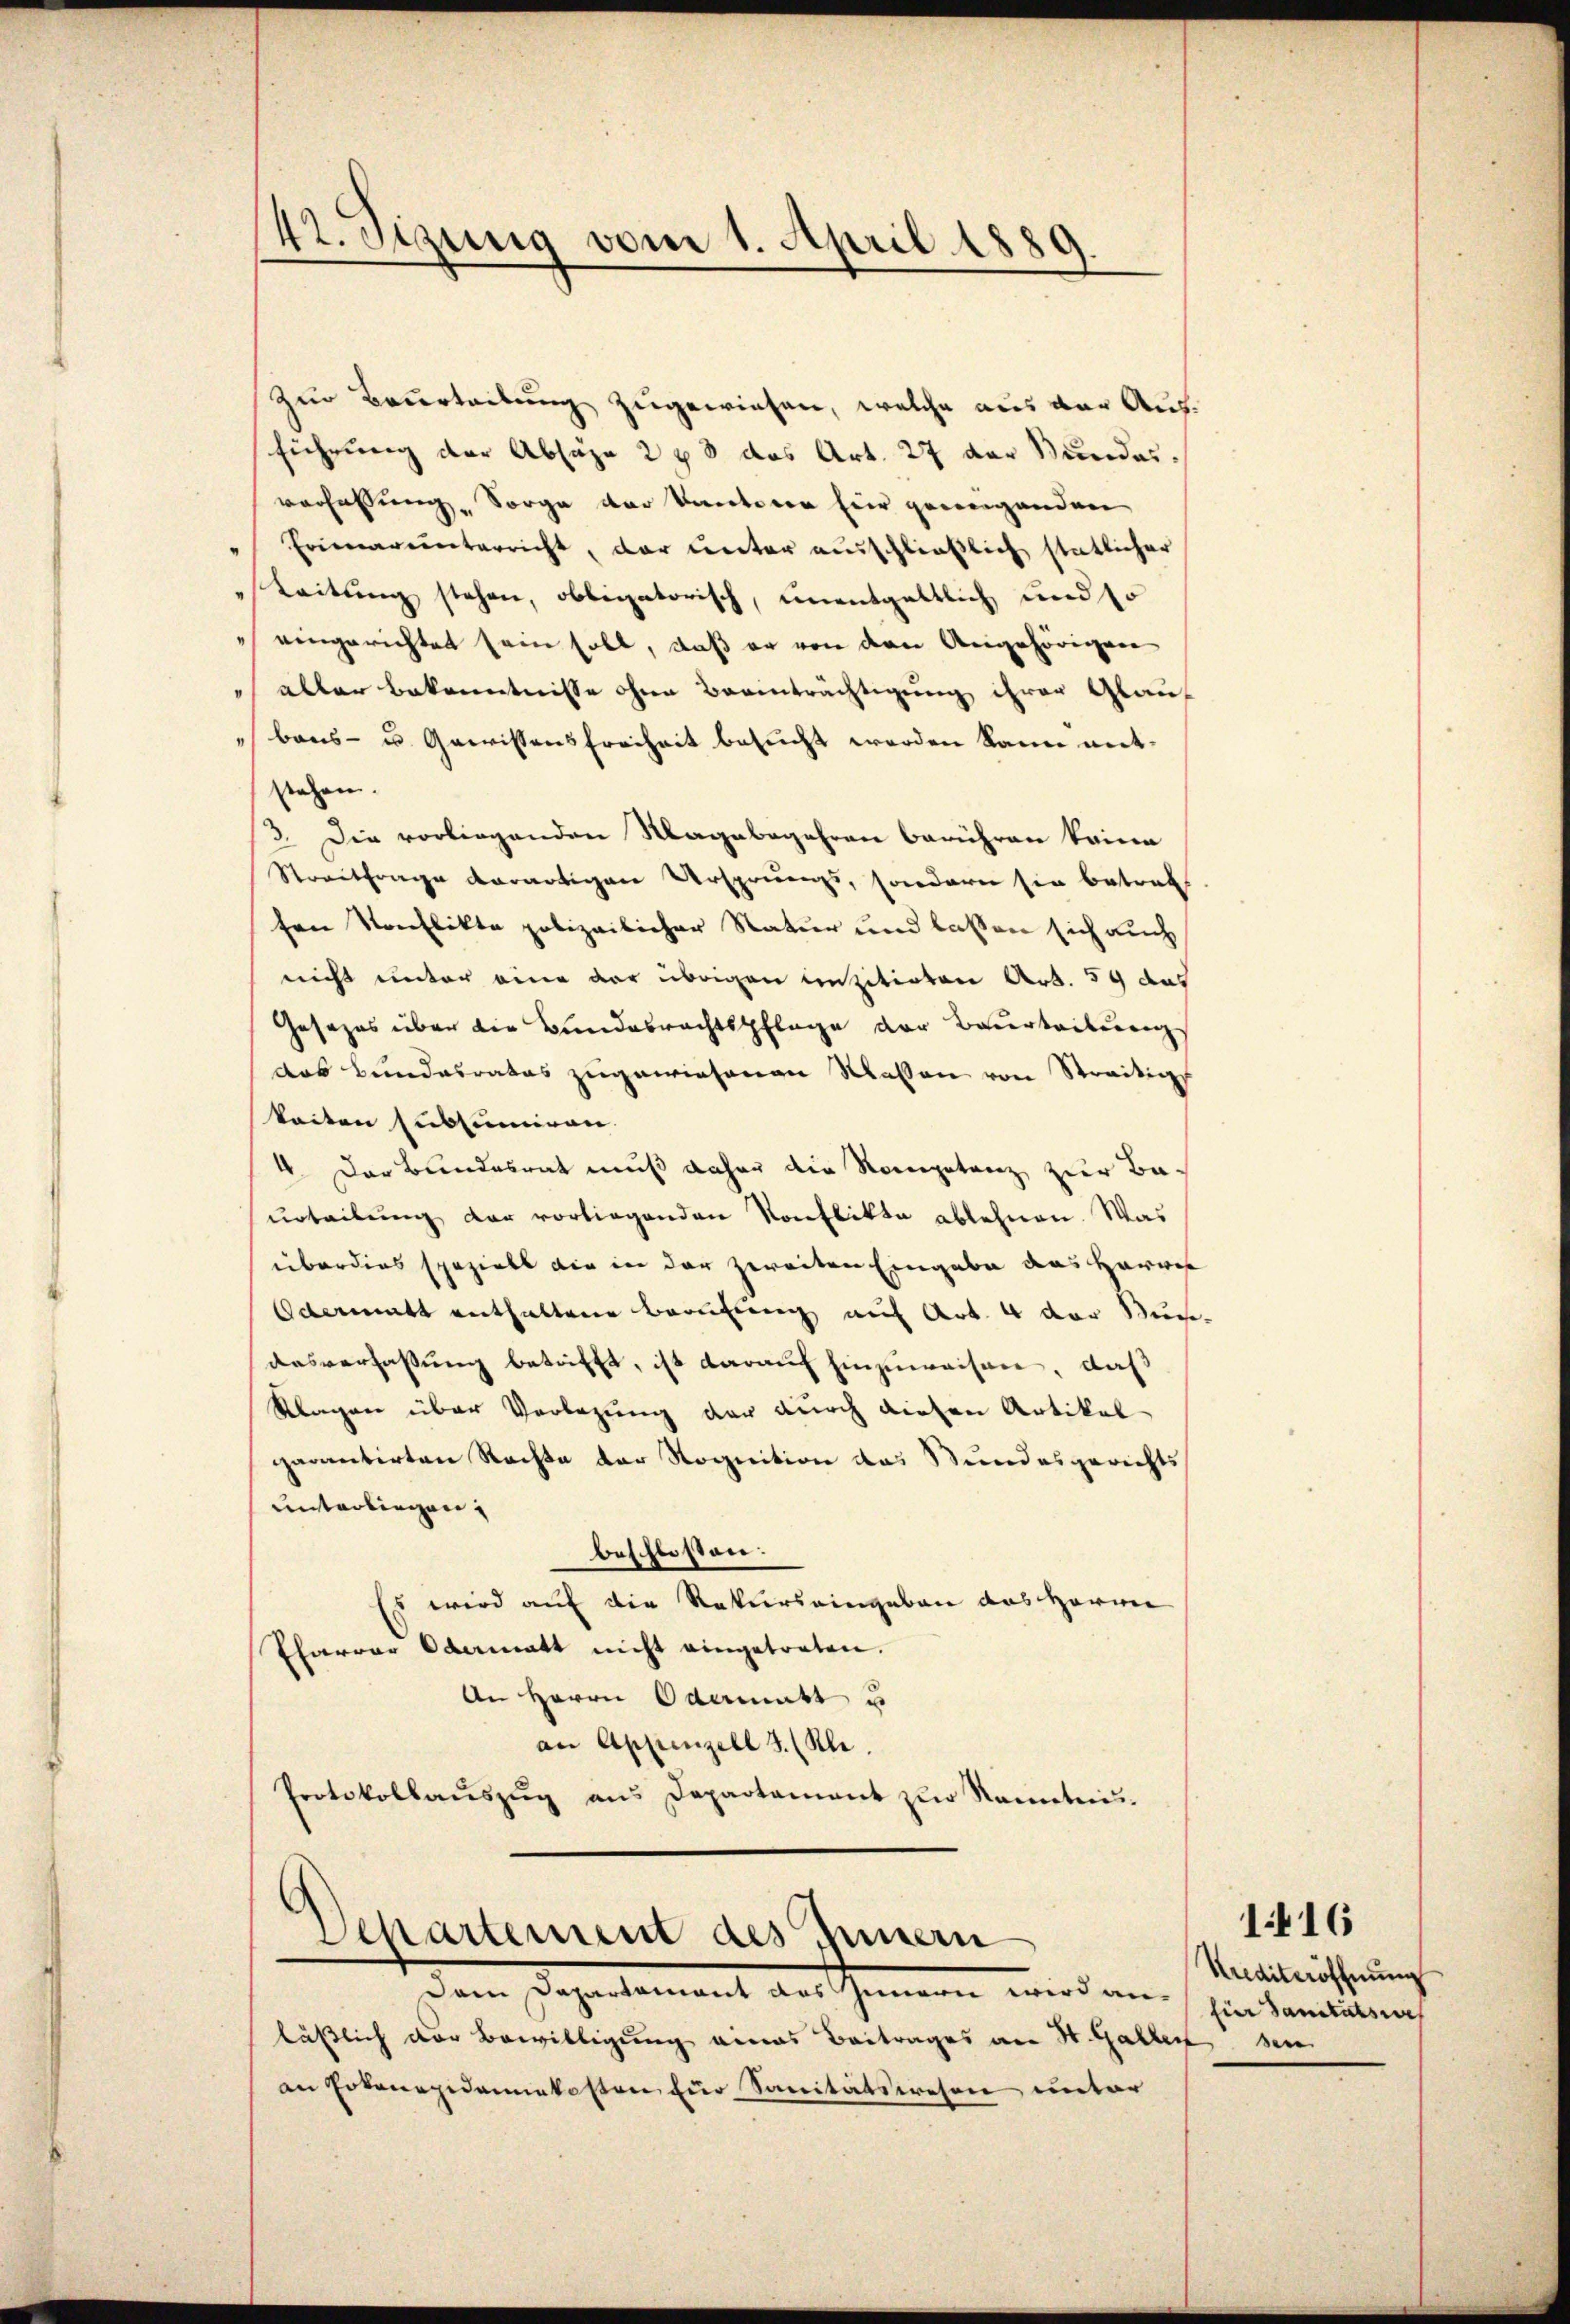
42. Sizung vom 1. April 1889
e

Zur Beurteilung zugewiesen, welche aus der Aus
führung der Absäze 2 & 3 das Art. 27 der Stundes.
verfassung Sorge der Kantoren hier geweigenden
Erinnerunterricht, dar unter ausschließlich statlicher
Leitung stehen, obligatorisch, unentgeltlich und so
" eingerichtet sein soll, daß er von der Angehörigen
 aller Bekanntnisse ohne Beeinträchtigung ihrer Glauf
Baus- u. Gewissensfreiheit besucht werden kann mitstehen.
3. Die vorliegenden Magabegehren berühren kaine
Streitfrage derartigen Ursprungs, sondern sie betref
fen Konflikte polizeilicher Natur und lassen sich auch
nicht unter eine der übrigen einzitirten Art. 59 das
Gesezes über die Bundesrechtspflege der Beurteilung
das Bundesrates zugewiesenen Massen von Streitig
keiten subsumiren.
4. Der Bundesrat muß daher die Kompetenz zur Ba-
urteilung der vorliegenden Konflikte ablehnen. Was
überdies spezielt die in der zweiten Eingabe das Harwes
Odermatt enthaltene Berufung auf Art. 4 der Bun-
desverfassung betrifft, ist darauf hinzuweisen, daß
Klagen über Vorlegung der durch diesen Artikel
garantirten Rechte der Rognition das Stundesgerichts
unterliegen;
beschlossen:
Es wird auf die Rekurs eingeben das Herrn
Pharrer Odermatt nicht eingetreten.
An Herrn Odermatt u
an Appenzell I. (Kle.
Protokollaŭszŭg ans Departament zŭr Kenntni
Departement des Innern
dem sagenoment des Gemein wird an
läßlich der Bewilligung eines Beitrages an St. Galler sein
an Totenegidamenkosten für Sanitätswesen unter

1416
Kuditeröffnung
für Sanitätswes